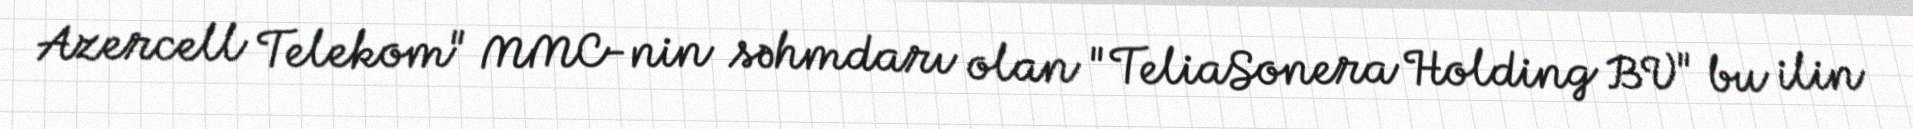
Azercell Telekom" MMC-nin səhmdarı olan "TeliaSonera Holding BV" bu ilin